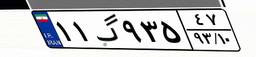
۱۱گ۹۳۵۴۷